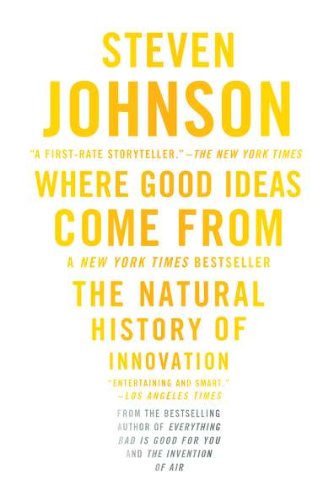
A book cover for Where Good Ideas Come From; Steven Johnson; Self-Help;